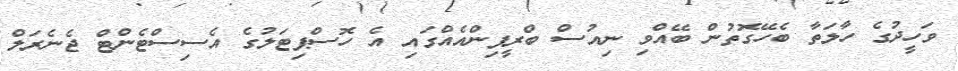
ވަހީދުގެ ހާލަތާ ބެހޭގޮތުން ބޭއްވި ނިއުސް ބްރީފިންއެއްގައި އެ ހޮސްޕިޓަލުގެ އެސިސްޓެންޓް ޖެނެރަލް